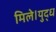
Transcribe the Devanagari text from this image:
मिले।युद्ध